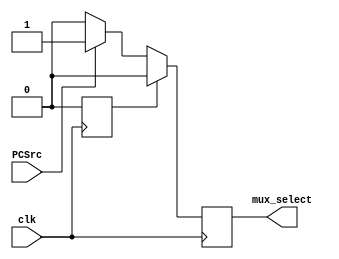
`timescale 1ns / 1ps
//////////////////////////////////////////////////////////////////////////////////
// Company: 
// Engineer: 
// 
// Design Name: 
// Module Name: hazard_detection
// Project Name: 
// Target Devices: 
// Tool Versions: 
// Description: 
// 
// Dependencies: 
// 
// Revision:
// Revision 0.01 - File Created
// Additional Comments:
// 
//////////////////////////////////////////////////////////////////////////////////


module hazard_detection(
input wire PCSrc,
output reg mux_select,
input wire clk
);
reg state;
always @(posedge clk) begin
    case (state)
        1'b0: begin
            if (PCSrc == 1) begin
                mux_select <= 1;
            end
            else begin
                mux_select <= 0;
            end
        end
        default: begin
            mux_select <= 0;
            state <= 0;
        end
    endcase
end
endmodule